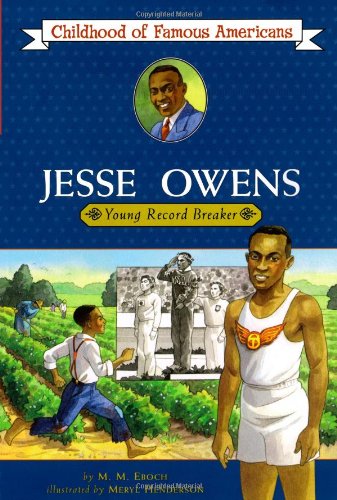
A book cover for Jesse Owens: Young Record Breaker (Childhood of Famous Americans); M.M. Eboch; Children's Books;